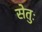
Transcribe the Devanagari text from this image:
सेतुः